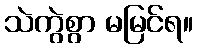
သဲကွဲစွာ မမြင်ရ။